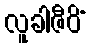
လူခါဇီဝိံ